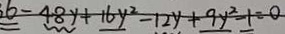
6 - 4 8 y + 1 6 y ^ { 2 } - 1 2 y + 9 y ^ { 2 } - 1 = 0